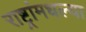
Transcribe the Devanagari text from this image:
राष्ट्रांमधल्या